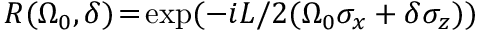
R ( \Omega _ { 0 } , \delta ) \! = \! \exp ( - i L / 2 ( \Omega _ { 0 } \sigma _ { x } + \delta \sigma _ { z } ) )